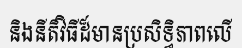
និងនីតិវិធីដ៏មានប្រសិទ្ធិភាពលើ